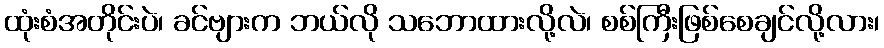
ထုံးစံအတိုင်းပဲ၊ ခင်ဗျားက ဘယ်လို သဘောထားလို့လဲ၊ စစ်ကြီးဖြစ်စေချင်လို့လား၊